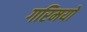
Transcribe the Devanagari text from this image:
गरिमयों